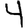
Digit: 4